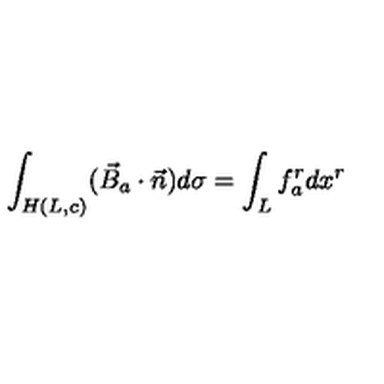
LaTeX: \int _ { H ( L , c ) } ( \vec { B } _ { a } \cdot \vec { n } ) d \sigma = \int _ { L } f _ { a } ^ { r } d x ^ { r }